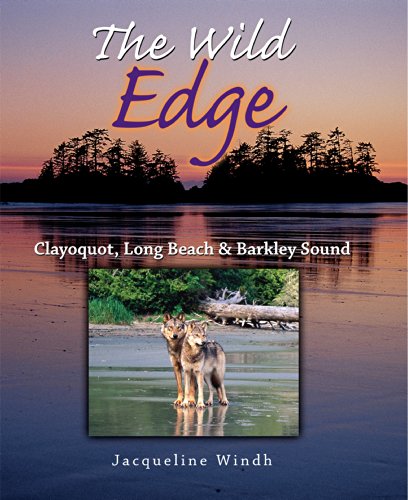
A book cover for The Wild Edge: Clayoquot, Long Beach and Barkley Sound; Jacqueline Windh; Travel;